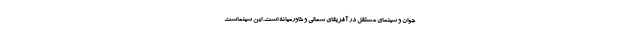
جوان و سینمای مستقل در آفریقای شمالی و خاورمیانه است. این سینماست